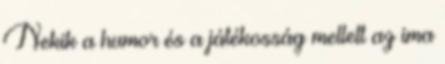
Nekik a humor és a játékosság mellett az ima